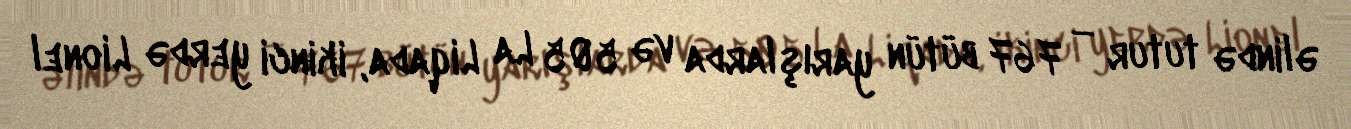
əlində tutur — 767 bütün yarışlarda və 505 La Liqada, ikinci yerdə Lionel